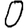
Digit: 0